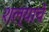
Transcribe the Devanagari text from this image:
शल्याचे